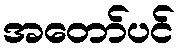
အတော်ပင်